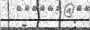
-      :